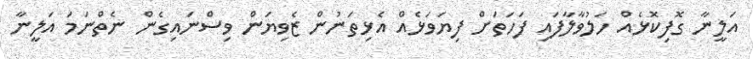
އަލީނާ ގޮފިކޮޅެއް ހަލުވާލާފައި ފަހަތަށް ފިޔަވަޅެއް އެޅިތަނުން ޒެވިޔަން ވިސްނައިގެން ނެތްނަމަ އަލީނާ